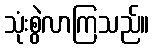
သုံးစွဲလာကြသည်။